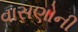
વાસણોની